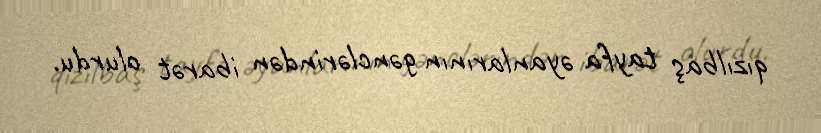
qızılbaş tayfa əyanlarının gənclərindən ibarət olurdu.